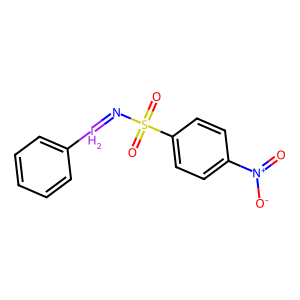
SMILES: O=[N+]([O-])c1ccc(S(=O)(=O)N=[IH2]c2ccccc2)cc1
Inhibits HIV replication: No